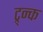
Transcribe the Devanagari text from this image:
ट्र्न्क